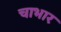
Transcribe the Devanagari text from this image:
चाभार